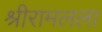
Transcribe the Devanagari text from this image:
श्रीरामलला